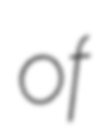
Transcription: of